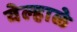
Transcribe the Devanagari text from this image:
वेल्हाळे